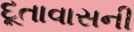
દૂતાવાસની